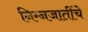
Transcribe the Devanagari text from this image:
निम्नजातींचे